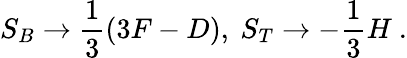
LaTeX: S_{B}\rightarrow\frac 13\left(3F-D\right),\ S_{T}\rightarrow-\frac 13H\ .